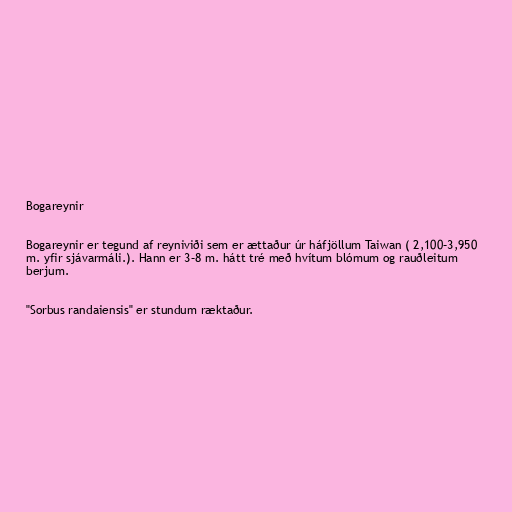
Bogareynir

Bogareynir er tegund af reyniviði sem er ættaður úr háfjöllum Taiwan ( 2,100–3,950
m. yfir sjávarmáli.). Hann er 3–8 m. hátt tré með hvítum blómum og rauðleitum
berjum.

"Sorbus randaiensis" er stundum ræktaður.